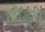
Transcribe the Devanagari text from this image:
छोड़्ने